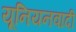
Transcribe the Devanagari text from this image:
यूनियनवादी